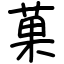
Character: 菓